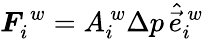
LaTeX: \boldsymbol{F}_{i}^{\, w}=A_{i}^{\, w}\Delta p\, \hat{\vec{e}}_{i}^{\, w}